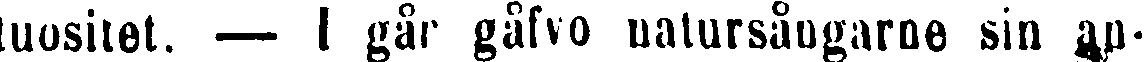
tuositet. — I går gåfvo natursångarne sin an-